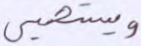
ويستحيي